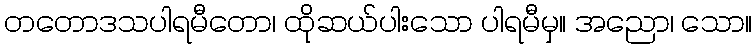
တတောဒသပါရမီတော၊ ထိုဆယ်ပါးသော ပါရမီမှ။ အညော၊ သော။